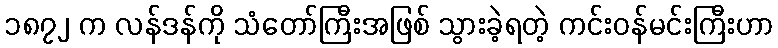
၁၈၇၂ က လန်ဒန်ကို သံတော်ကြီးအဖြစ် သွားခဲ့ရတဲ့ ကင်းဝန်မင်းကြီးဟာ